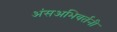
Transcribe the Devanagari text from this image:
अंसअभिवर्तनी